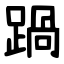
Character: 踻